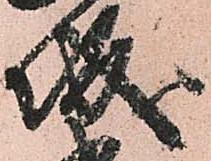
城